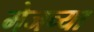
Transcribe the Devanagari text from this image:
मेजच्या